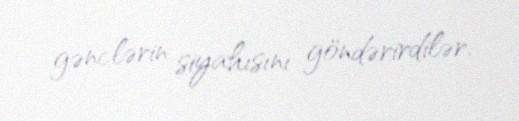
gənclərin siyahısını göndərirdilər.